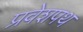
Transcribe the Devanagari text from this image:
प्रवेशपथ